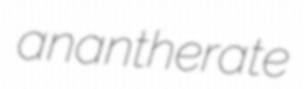
anantherate